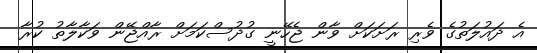
އެ ދައުލަތުގެ ވެރި ރަށަކަށް ވާން ޖެހޭނީ ގުދުސްކަމަށް ރާއްޖޭން ވަކާލާތު ކުރާ